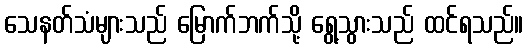
သေနတ်သံများသည် မြောက်ဘက်သို့ ရွေ့သွားသည် ထင်ရသည်။